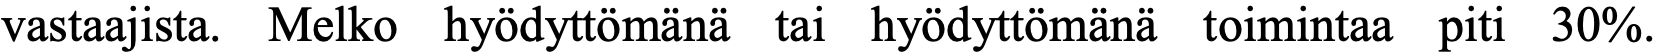
vastaajista. Melko hyödyttömänä tai hyödyttömänä toimintaa piti 30%.